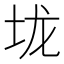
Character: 垅